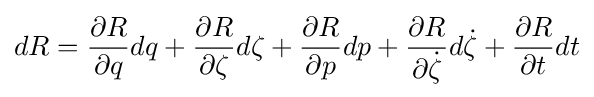
dR={\frac {\partial R}{\partial q}}dq+{\frac {\partial R}{\partial \zeta }}d\zeta +{\frac {\partial R}{\partial p}}dp+{\frac {\partial R}{\partial {\dot {\zeta }}}}d{\dot {\zeta }}+{\frac {\partial R}{\partial t}}dt